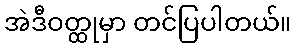
အဲဒီဝတ္ထုမှာ တင်ပြပါတယ်။